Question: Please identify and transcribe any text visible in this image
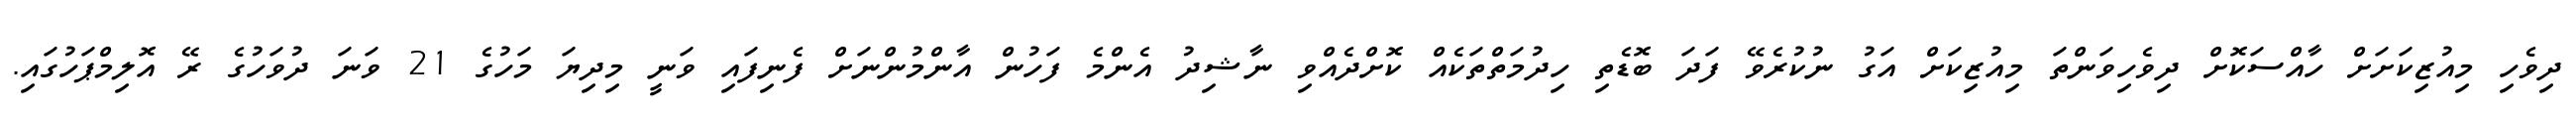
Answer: ދިވެހި މިއުޒިކަށަށް ހާއްސަކޮށް ދިވެހިވަންތަ މިއުޒިކަށް އަގު ނުކުރެވޭ ފަދަ ބޮޑެތި ހިދުމަތްތަކެއް ކޮށްދެއްވި ނާޝިދު އެންމެ ފަހުން އާންމުންނަށް ފެނިފައި ވަނީ މިދިޔަ މަހުގެ 21 ވަނަ ދުވަހުގެ ރޭ އޮލިމްޕަހުގައި.